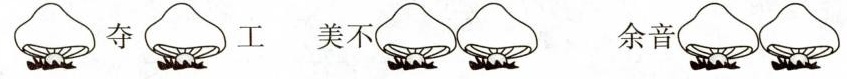
夺 工 美不 余音